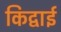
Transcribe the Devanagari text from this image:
किद्वाई